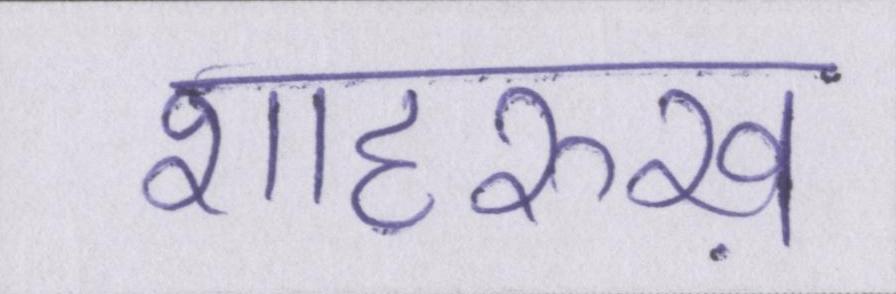
शाहरुख़